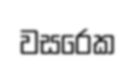
වසරෙක